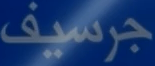
جرسيف